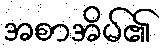
အစာအိမ်၏